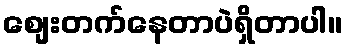
စျေးတက်နေတာပဲရှိတာပါ။